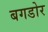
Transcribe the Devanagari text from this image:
बगडोर